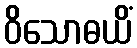
ဝိသောဓယိံ